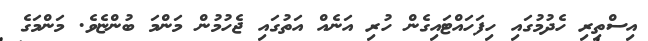
އިސްތިރި ހެދުމުގައި ހިފަހައްޓައިގެން ހުރި އަނެއް އަތުގައި ޖެހުމުން މަންމަ ބުންޏެވެ. މަންމަގެ